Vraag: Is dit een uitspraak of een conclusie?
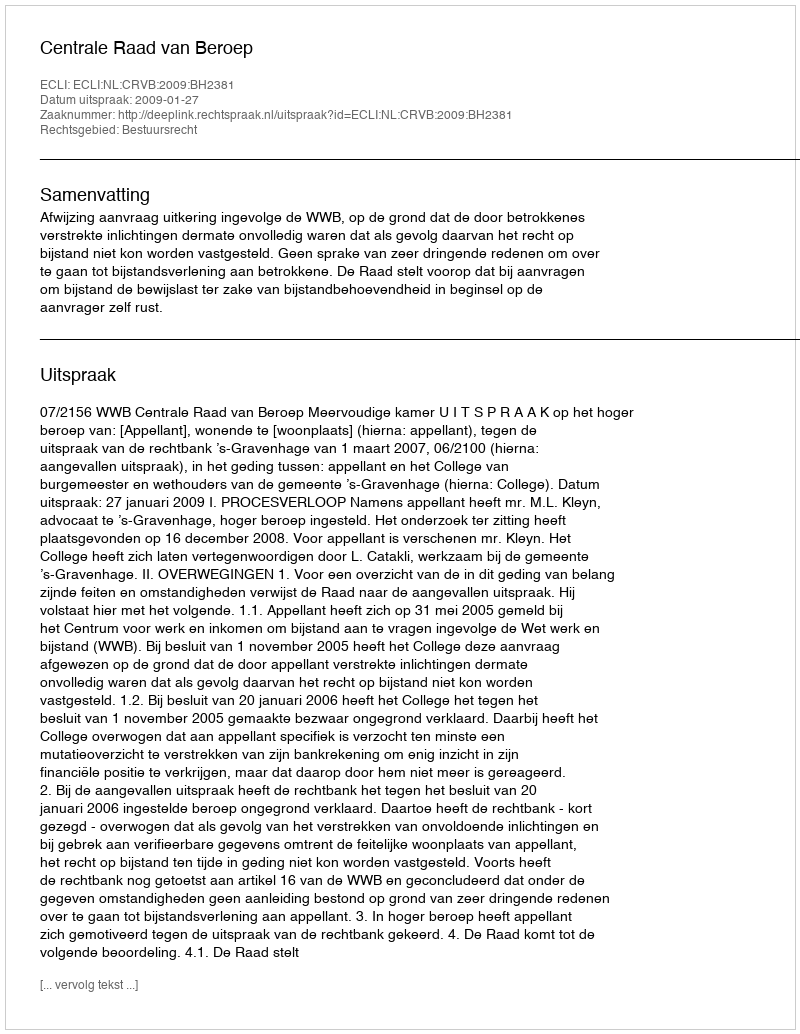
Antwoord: Uitspraak